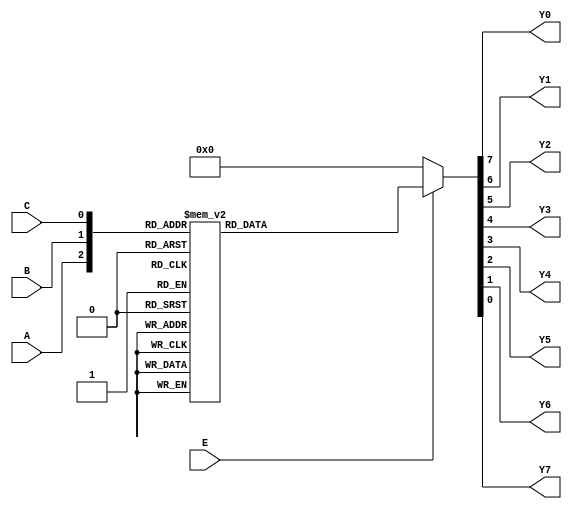
`timescale 1ns / 1ps
//////////////////////////////////////////////////////////////////////////////////
// Company: 
// Engineer: 
// 
// Design Name: 
// Module Name: s_74ls138
// Project Name: 
// Target Devices: 
// Tool Versions: 
// Description: 
// 
// Dependencies: 
// 
// Revision:
// Revision 0.01 - File Created
// Additional Comments:
// 
//////////////////////////////////////////////////////////////////////////////////

module s_74ls138l( E,A,B,C,Y0,Y1,Y2,Y3,Y4,Y5,Y6,Y7 );
    input  E;            //74LS138
    input  A,B,C;                  //
    output reg Y0,Y1,Y2,Y3,Y4,Y5,Y6,Y7;                   //
    
    always@ ( A or B or C or E )
        begin 
            if( ! E )
                {Y0,Y1,Y2,Y3,Y4,Y5,Y6,Y7} <= 8'b0000_0000;
            else 
                begin
                    case({A,B,C})
                        3'b000:{Y0,Y1,Y2,Y3,Y4,Y5,Y6,Y7} <= 8'b0000_0001;
                        3'b001:{Y0,Y1,Y2,Y3,Y4,Y5,Y6,Y7} <= 8'b0000_0010;
                        3'b010:{Y0,Y1,Y2,Y3,Y4,Y5,Y6,Y7} <= 8'b0000_0100;
                        3'b011:{Y0,Y1,Y2,Y3,Y4,Y5,Y6,Y7} <= 8'b0000_1000;
                        3'b100:{Y0,Y1,Y2,Y3,Y4,Y5,Y6,Y7} <= 8'b0001_0000;
                        3'b101:{Y0,Y1,Y2,Y3,Y4,Y5,Y6,Y7} <= 8'b0010_0000;
                        3'b110:{Y0,Y1,Y2,Y3,Y4,Y5,Y6,Y7} <= 8'b0100_0000;
                        3'b111:{Y0,Y1,Y2,Y3,Y4,Y5,Y6,Y7} <= 8'b1000_0000;     
                    endcase
                end
        end
     
   
endmodule